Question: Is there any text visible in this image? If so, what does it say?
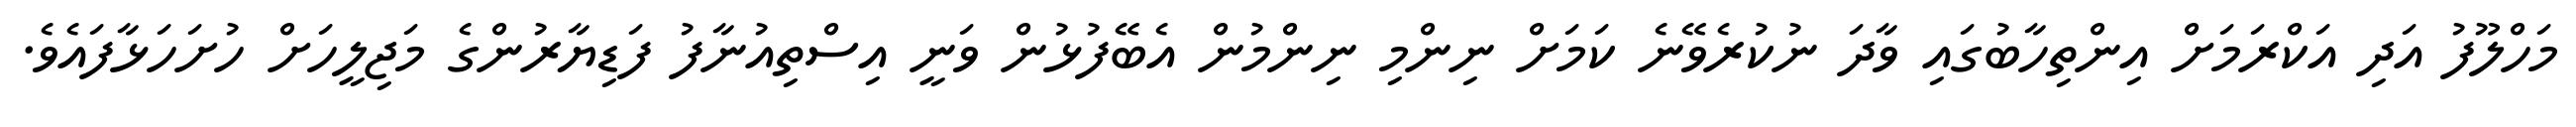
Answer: މަހްލޫފު އަދި އަކްރަމަށް އިންތިހާބުގައި ވާދަ ނުކުރެވޭނެ ކަމަށް ނިންމި ނިންމުން އެބޭފުޅުން ވަނީ އިސްތިއުނާފު ފަޑިޔާރުންގެ މަޖިލީހަށް ހުށަހަޅާފައެވެ.